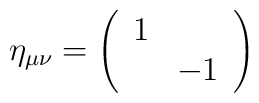
\eta_{\mu\nu} = \left( \begin{array}{cc}1&\\&-1 \end{array} \right)